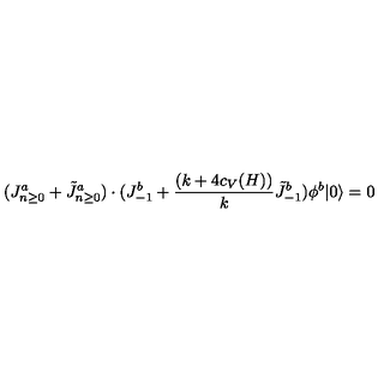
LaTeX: ( J _ { n \ge 0 } ^ { a } + \tilde { J } _ { n \ge 0 } ^ { a } ) \cdot ( J _ { - 1 } ^ { b } + { \frac { ( k + 4 c _ { V } ( H ) ) } { k } } \tilde { J } _ { - 1 } ^ { b } ) \phi ^ { b } | 0 \rangle = 0